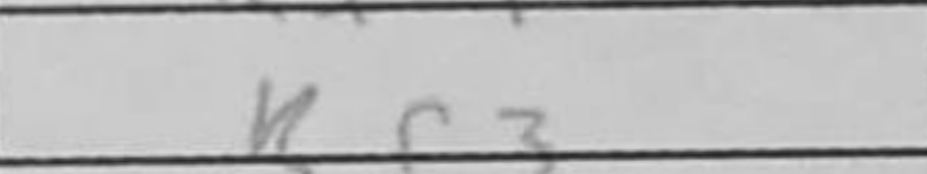
Transcription: Rf3